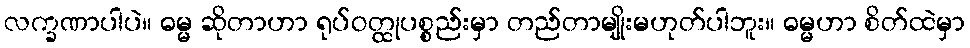
လက္ခဏာပါပဲ။ ဓမ္မ ဆိုတာဟာ ရုပ်ဝတ္ထုပစ္စည်းမှာ တည်တာမျိုးမဟုတ်ပါဘူး။ ဓမ္မဟာ စိတ်ထဲမှာ